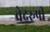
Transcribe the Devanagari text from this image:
वेदरुपी